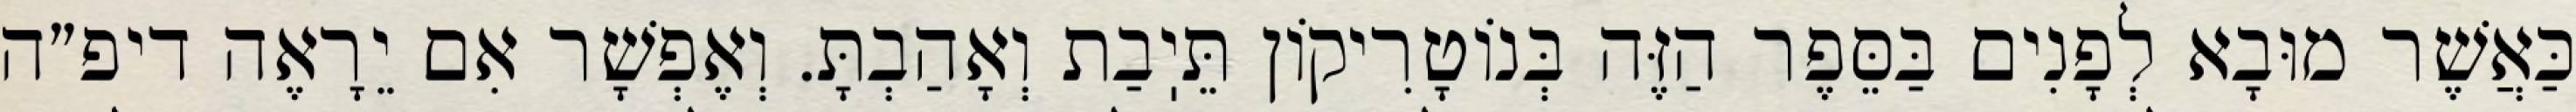
כַּאֲשֶׁר מוּבָא לְפָנִים בַּסֵּפֶר הַזֶּה בְּנוֹטָרִיקוֹן תֵּיֽבַת וְאָהַבְתָּ. וְאֶפְשָׁר אִם יֵרָאֶה דיפ״ה